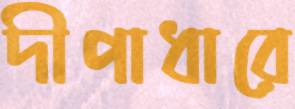
দীপাধারে